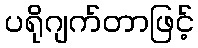
ပရိုဂျက်တာဖြင့်